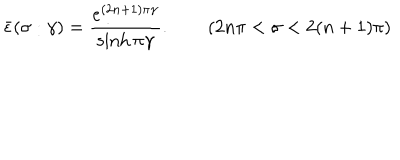
LaTeX: \bar { \epsilon } ( \sigma : \gamma ) = \frac { e ^ { ( 2 n + 1 ) \pi \gamma } } { \sinh \pi \gamma } . \qquad ( 2 n \pi < \sigma < 2 ( n + 1 ) \pi )